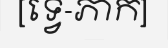
[ទ្វេ-ភាក]